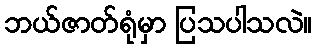
ဘယ်ဇာတ်ရုံမှာ ပြသပါသလဲ။